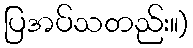
ပြအပ်သတည်း။)